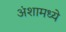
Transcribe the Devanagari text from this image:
अंशामध्ये